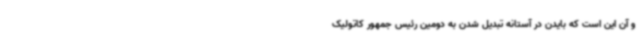
و آن این است که بایدن در آستانه تبدیل شدن به دومین رئیس جمهور کاتولیک